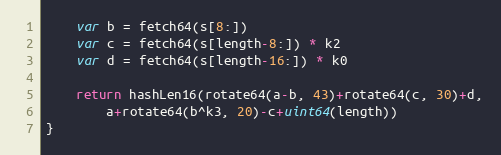
Language: Go
	var b = fetch64(s[8:])
	var c = fetch64(s[length-8:]) * k2
	var d = fetch64(s[length-16:]) * k0

	return hashLen16(rotate64(a-b, 43)+rotate64(c, 30)+d,
		a+rotate64(b^k3, 20)-c+uint64(length))
}